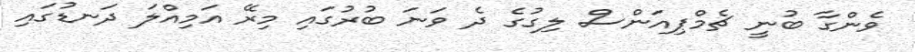
ވެންގާ ބުނީ ޗެމްޕިއަންސް ލިގުގެ ދެ ވަނަ ބުރުގައި މިރޭ އަމިއްލަ ދަނޑުގައި